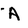
Character: A